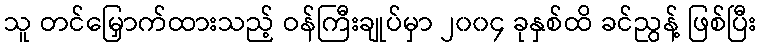
သူ တင်မြှောက်ထားသည့် ဝန်ကြီးချုပ်မှာ ၂၀၀၄ ခုနှစ်ထိ ခင်ညွန့် ဖြစ်ပြီး